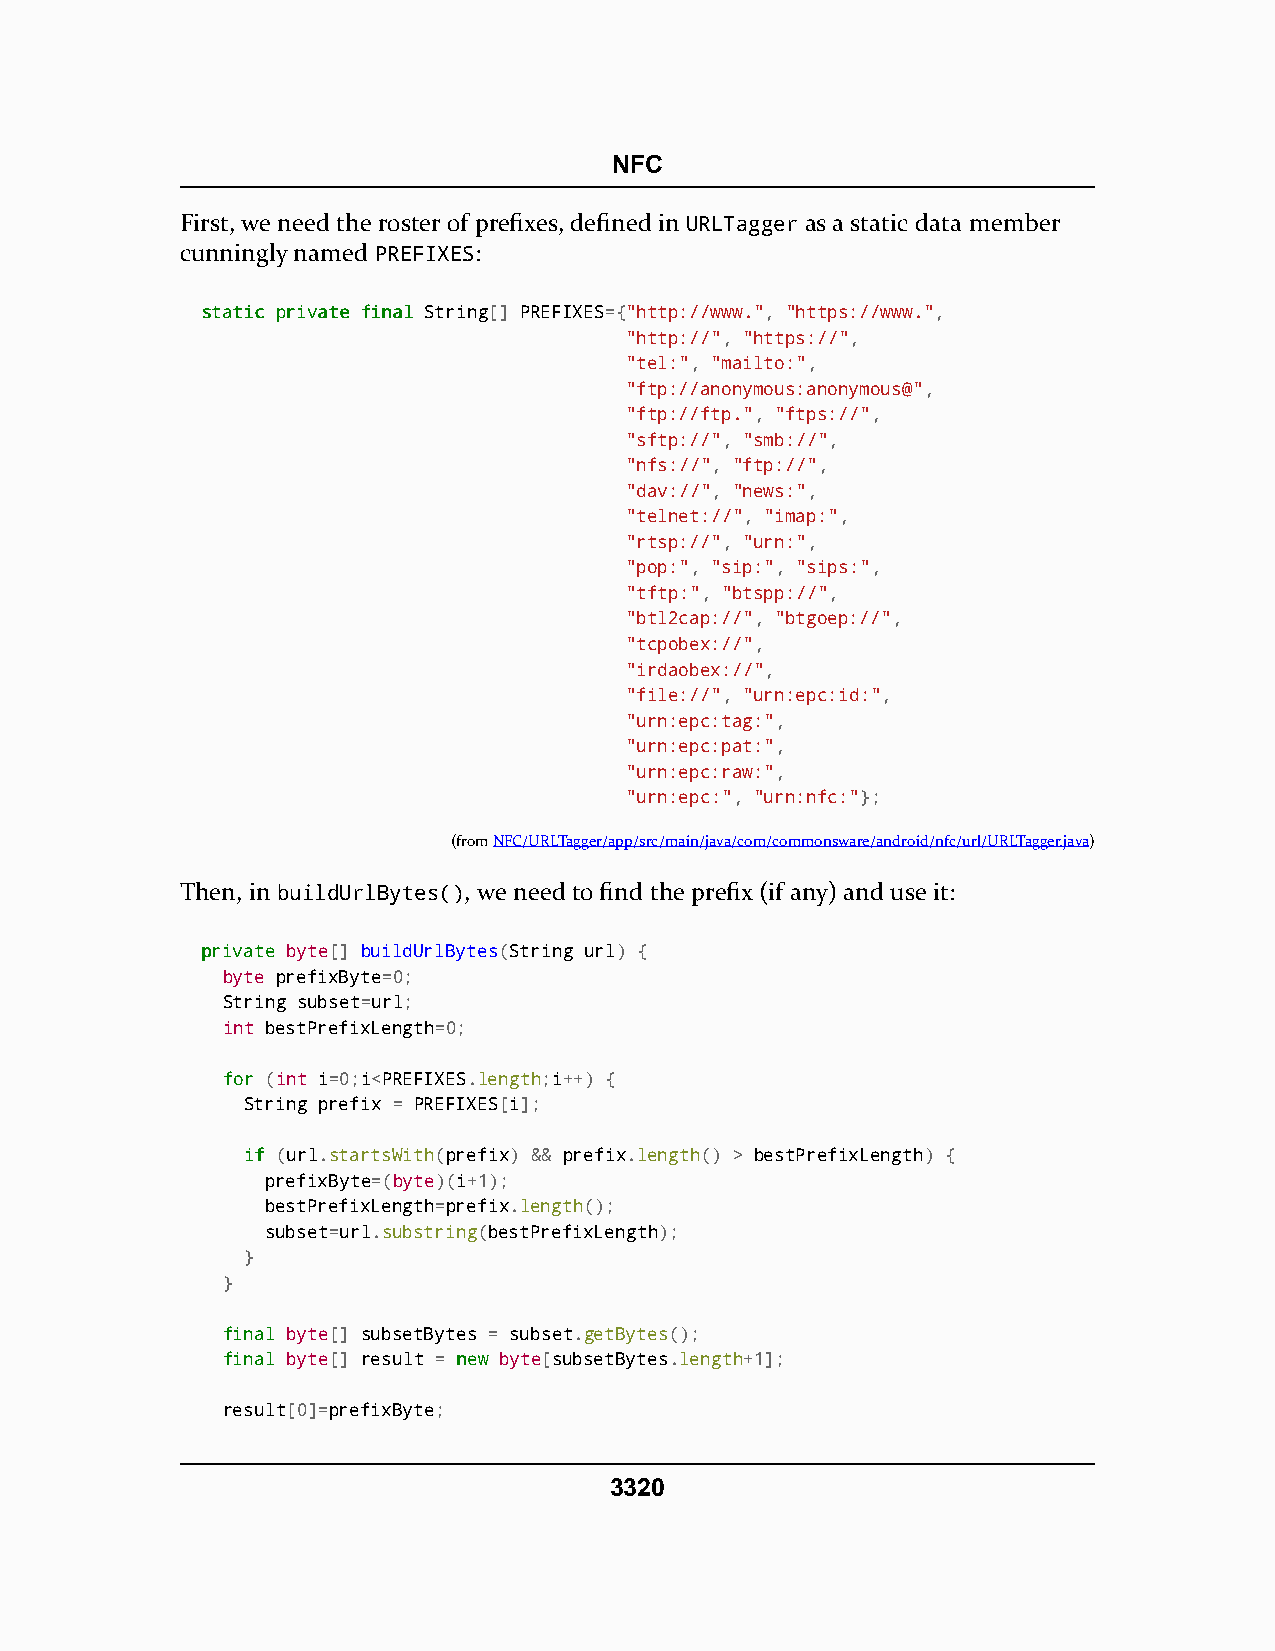
NFC
 First, we need the roster of prefixes, defined in URLTagger as a static data member
 cunningly named PREFIXES:
 ssttaattiicc pprriivvaattee ffiinnaall String[] PREFIXES={"http://www.", "https://www.",
 "http://", "https://",
 "tel:", "mailto:",
 "ftp://anonymous:anonymous@",
 "ftp://ftp.", "ftps://",
 "sftp://", "smb://",
 "nfs://", "ftp://",
 "dav://", "news:",
 "telnet://", "imap:",
 "rtsp://", "urn:",
 "pop:", "sip:", "sips:",
 "tftp:", "btspp://",
 "btl2cap://", "btgoep://",
 "tcpobex://",
 "irdaobex://",
 "file://", "urn:epc:id:",
 "urn:epc:tag:",
 "urn:epc:pat:",
 "urn:epc:raw:",
 "urn:epc:", "urn:nfc:"};
 (fromNFC/URLTagger/app/src/main/java/com/commonsware/android/nfc/url/URLTagger.java)
 Then, in buildUrlBytes(), we need to find the prefix (if any) and use it:
 pprriivvaattee byte[] buildUrlBytes(String url) {
 byte prefixByte=0;
 String subset=url;
 int bestPrefixLength=0;
 ffoorr (int i=0;i<PREFIXES.length;i++) {
 String prefix = PREFIXES[i];
 iiff (url.startsWith(prefix) && prefix.length() > bestPrefixLength) {
 prefixByte=(byte)(i+1);
 bestPrefixLength=prefix.length();
 subset=url.substring(bestPrefixLength);
 }
 }
 ffiinnaall byte[] subsetBytes = subset.getBytes();
 ffiinnaall byte[] result = nneeww byte[subsetBytes.length+1];
 result[0]=prefixByte;
 3320